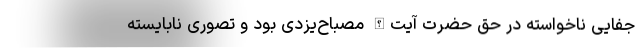
جفایی ناخواسته در حق حضرت آیت‌الله مصباح‌یزدی بود و تصوری نابایسته